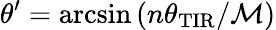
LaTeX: \theta^{\prime}=\arcsin\left(n\theta_{\mathrm{TIR}}/\mathcal{M}\right)